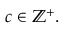
c \in \mathbb { Z } ^ { + } .